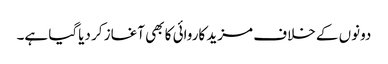
دونوں کے خلاف مزید کاروائی کا بھی آغاز کر دیاگیا ہے۔